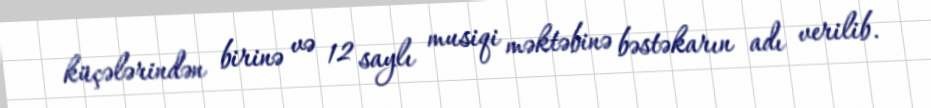
küçələrindən birinə və 12 saylı musiqi məktəbinə bəstəkarın adı verilib.